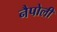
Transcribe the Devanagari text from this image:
नैपोली